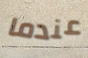
عندما